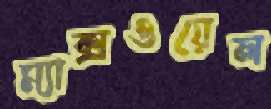
ম্যাক্সওয়েল